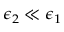
\epsilon _ { 2 } \ll \epsilon _ { 1 }